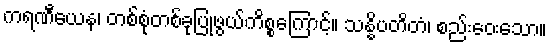
ကရဏီယေန၊ တစ်စုံတစ်ခုပြုဖွယ်ကိစ္စကြောင့်။ သန္နိပတိတံ၊ စည်းဝေးသော။